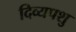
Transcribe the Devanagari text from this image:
दिव्यपशु